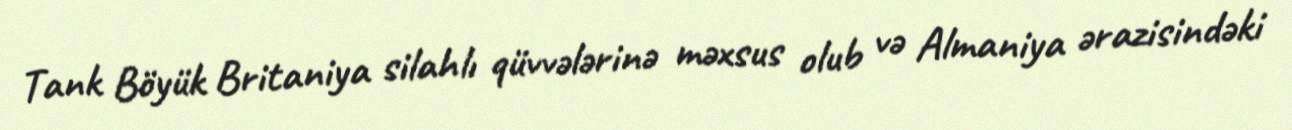
Tank Böyük Britaniya silahlı qüvvələrinə məxsus olub və Almaniya ərazisindəki